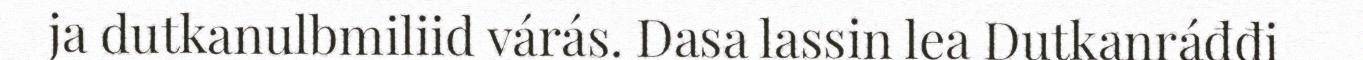
ja dutkanulbmiliid várás. Dasa lassin lea Dutkanráđđi